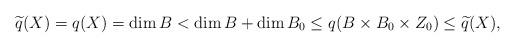
LaTeX: \begin{align*}\widetilde{q}(X) = q(X) = \dim B < \dim B + \dim B_0 \le q(B \times B_0 \times Z_0) \le \widetilde{q}(X),\end{align*}